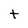
Character: t